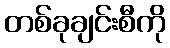
တစ်ခုချင်းစီကို